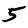
Digit: 5